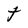
Character: t